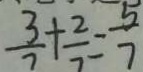
\frac { 3 } { 7 } + \frac { 2 } { 7 } = \frac { 5 } { 7 }